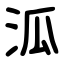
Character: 泒